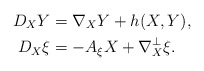
\begin{align*}D_X Y &= \nabla_X Y + h(X,Y),\\D_X \xi &= -A_\xi X + \nabla_X^\bot \xi.\end{align*}